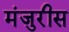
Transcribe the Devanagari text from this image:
मंजुरीस